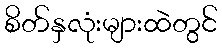
စိတ်နှလုံးများထဲတွင်